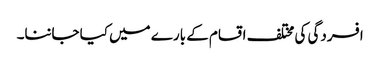
افسردگی کی مختلف اقسام کے بارے میں کیا جاننا۔